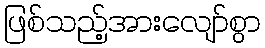
ဖြစ်သည့်အားလျော်စွာ